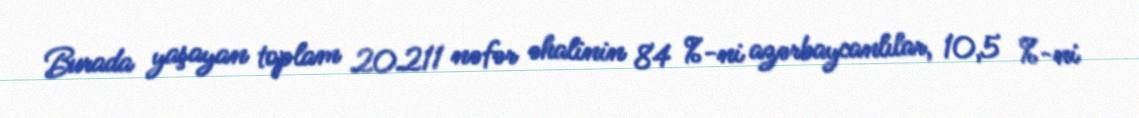
Burada yaşayan toplam 20.211 nəfər əhalinin 84 %-ni azərbaycanlılar, 10,5 %-ni